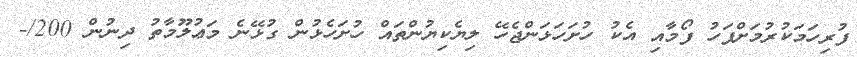
ފުރިހަމަކުރުމަށްފަހު ފޯމާއި އެކު ހުށަހަޅަންޖެހޭ ލިޔެކިޔުންތައް ހުށަހެޅުން ގުޅޭނެ މަޢުލޫމާތު ދިނުން 200/-